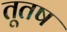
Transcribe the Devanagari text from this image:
तूतष